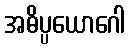
အဓိပ္ပယောဂေါ